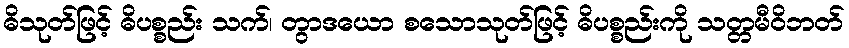
ဓိသုတ်ဖြင့် ဓိပစ္စည်း သက်၊ တွာဒယော စသောသုတ်ဖြင့် ဓိပစ္စည်းကို သတ္တမီဝိဘတ်